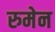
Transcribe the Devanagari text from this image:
रुमेन